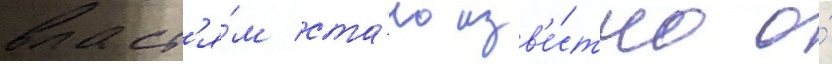
власт'я́м ста́ло изв'е́стно о́